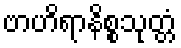
ဗာဟိရာနိစ္စသုတ္တံ